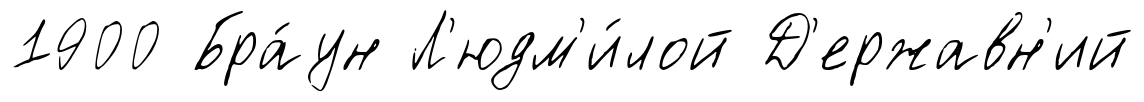
1900 Бра́ун Л'юдм'и́лой Д'ержавн'ий